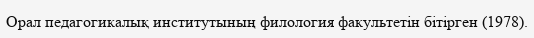
Орал педагогикалық институтының филология факультетін бітірген (1978).